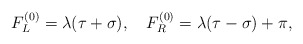
\begin{align*}F^{(0)}_L = \lambda(\tau + \sigma), ~~~F^{(0)}_R = \lambda(\tau - \sigma) + \pi,\end{align*}